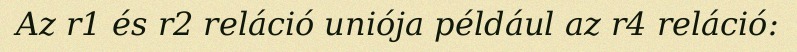
Az r1 és r2 reláció uniója például az r4 reláció: